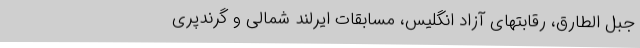
جبل الطارق، رقابتهای آزاد انگلیس، مسابقات ایرلند شمالی و گرندپری